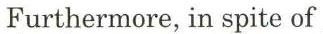
Furthermore, in spite of